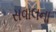
સવાલના